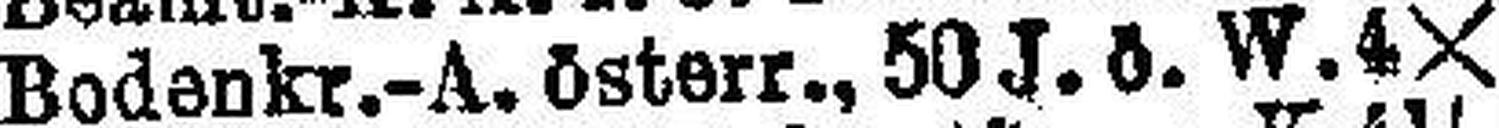
Bodenkr.-A. österr., 50 J. ö. W. 4X